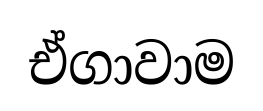
ඒගාවාම